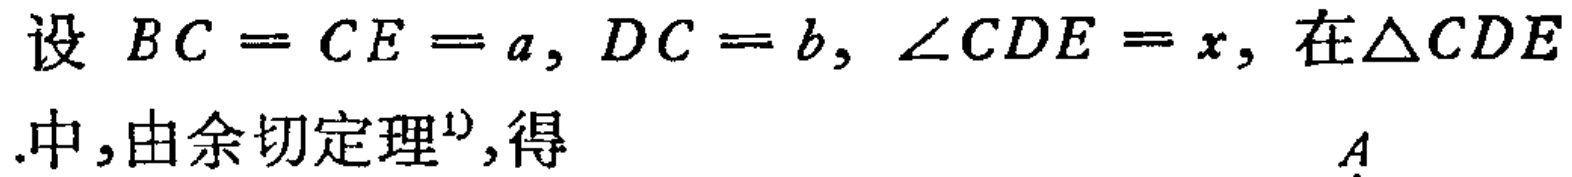
设 \(BC = CE = a, DC = b, \angle CDE = x\), 在\(\triangle CDE\)中,由余切定理\(^{1)}\),得